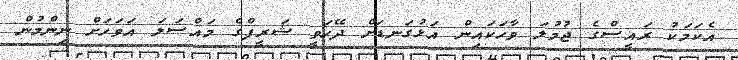
އެކަމަކު ރައީސްގެ ޖުމުލަ ވާހަކައިން އަޅުގަނޑަށް ދޭހަވީ ޝަރީފްގެ މައްސަލަ އަވަހަށް ނިންމުން